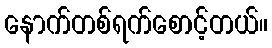
နောက်တစ်ရက်စောင့်တယ်။